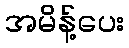
အမိန့်ပေး